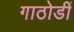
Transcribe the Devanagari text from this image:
गाठोडीं